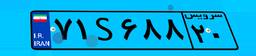
۷۱S۶۸۸۲۰